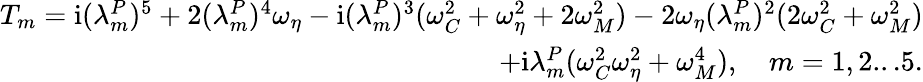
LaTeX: \begin{array}{r}{T_{m}=\mathrm{i}(\lambda_{m}^{P})^{5}+2(\lambda_{m}^{P})^{4}\omega_{\eta}-\mathrm{i}(\lambda_{m}^{P})^{3}(\omega_{C}^{2}+\omega_{\eta}^{2}+2\omega_{M}^{2})-2\omega_{\eta}(\lambda_{m}^{P})^{2}(2\omega_{C}^{2}+\omega_{M}^{2})}\\ {+\mathrm{i}\lambda_{m}^{P}(\omega_{C}^{2}\omega_{\eta}^{2}+\omega_{M}^{4}),\quad m=1,2...5.}\end{array}